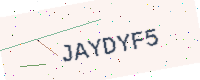
Text: JAYDYF5